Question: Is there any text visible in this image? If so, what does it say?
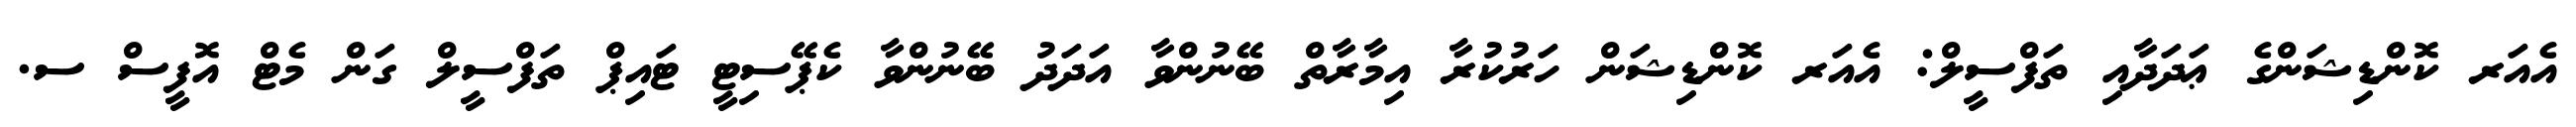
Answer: އެއަރ ކޮންޑިޝަންގެ ޢަދަދާއި ތަފްސީލް: އެއަރ ކޮންޑިޝަން ހަރުކުރާ އިމާރާތް ބޭނުންވާ އަދަދު ބޭނުންވާ ކެޕޭސިޓީ ޓައިޕް ތަފްސީލް ގަން މެޓް އޮފީސް ސ.